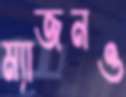
ম্যাজনও